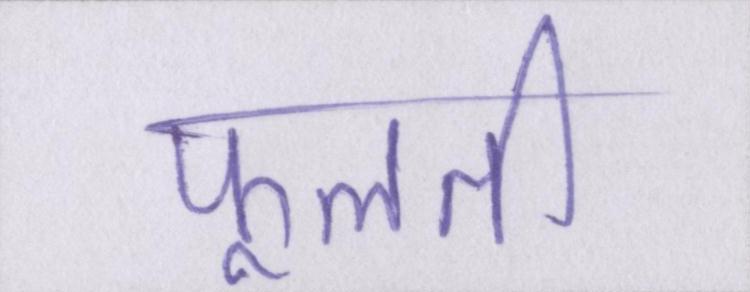
फूलती